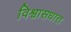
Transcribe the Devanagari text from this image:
विश्वासधात्त